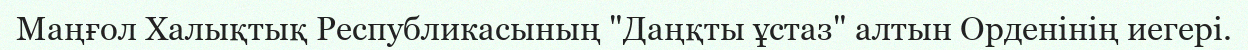
Маңғол Халықтық Республикасының "Даңқты ұстаз" алтын Орденінің иегері.